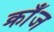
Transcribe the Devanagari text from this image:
क्राँज